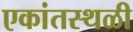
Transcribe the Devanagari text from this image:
एकांतस्थळी